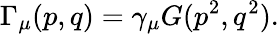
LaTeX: \Gamma_{\mu}(p,q)=\gamma_{\mu}G(p^{2},q^{2}).